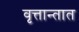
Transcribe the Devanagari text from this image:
वृत्तान्तात